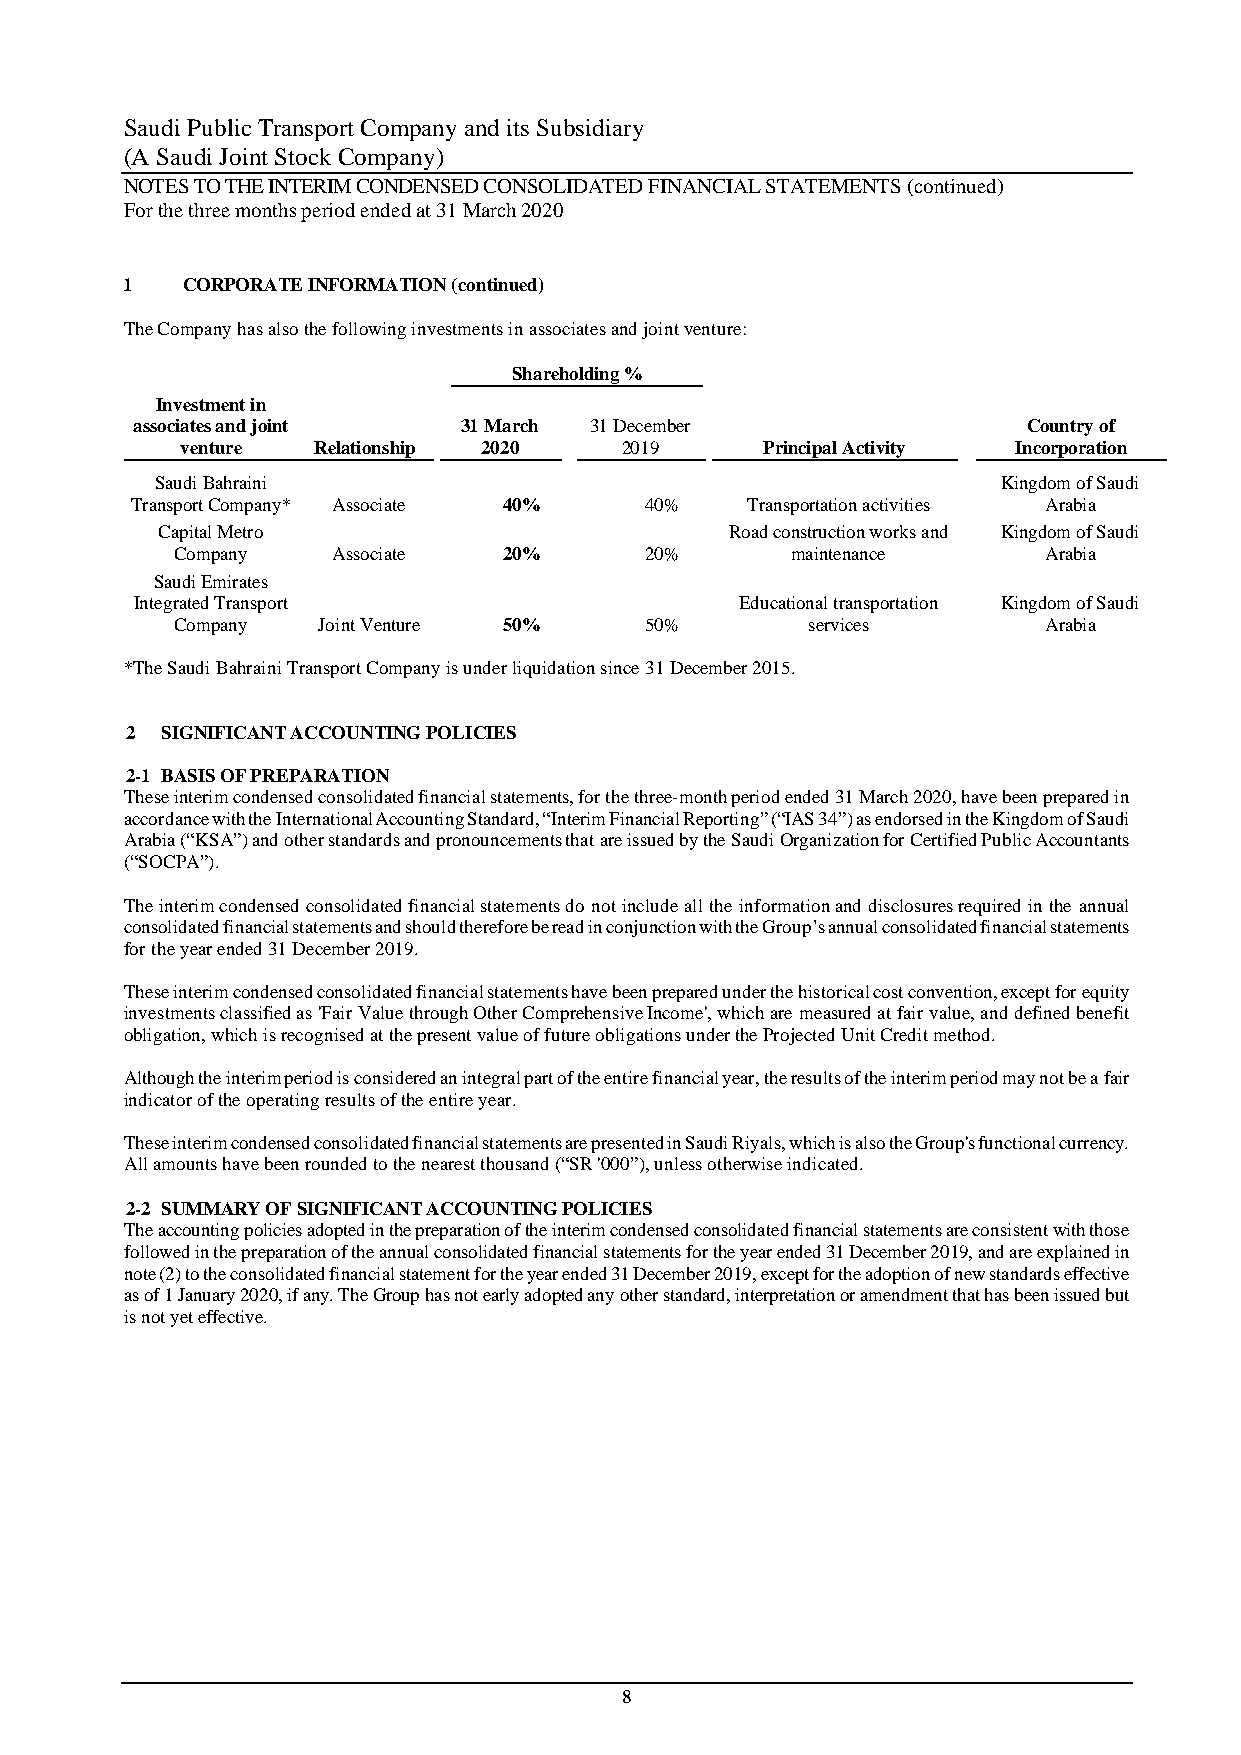
Saudi Public Transport Company and its Subsidiary
 (A Saudi Joint Stock Company)
 NOTES TO THE INTERIM CONDENSED CONSOLIDATED FINANCIAL STATEMENTS (continued)
 For the three months period ended at 31 March 2020
 1   CORPORATE INFORMATION (continued)
 The Company has also the following investments in associates and joint venture:
 Shareholding %
 Investment in
 associates and joint 31 March 31 December                  Country of
 venture  Relationship 2020   2019     Principal Activity Incorporation
 Saudi Bahraini                                          Kingdom of Saudi
 Transport Company* Associate 40%  40%   Transportation activities Arabia
 Capital Metro                         Road construction works and Kingdom of Saudi
 Company   Associate  20%       20%      maintenance      Arabia
 Saudi Emirates
 Integrated Transport                    Educational transportation Kingdom of Saudi
 Company  Joint Venture 50%     50%       services        Arabia
 *The Saudi Bahraini Transport Company is under liquidation since 31 December 2015.
 2  SIGNIFICANT ACCOUNTING POLICIES
 2-1 BASIS OF PREPARATION
 These interim condensed consolidated financial statements, for the three-month period ended 31 March 2020, have been prepared in
 accordance with the International Accounting Standard, “Interim Financial Reporting” (“IAS 34”) as endorsed in the Kingdom of Saudi
 Arabia (“KSA”) and other standards and pronouncements that are issued by the Saudi Organization for Certified Public Accountants
 (“SOCPA”).
 The interim condensed consolidated financial statements do not include all the information and disclosures required in the annual
 consolidated financial statements and should therefore be read in conjunction with the Group’s annual consolidated financial statements
 for the year ended 31 December 2019.
 These interim condensed consolidated financial statements have been prepared under the historical cost convention, except for equity
 investments classified as 'Fair Value through Other Comprehensive Income', which are measured at fair value, and defined benefit
 obligation, which is recognised at the present value of future obligations under the Projected Unit Credit method.
 Although the interim period is considered an integral part of the entire financial year, the results of the interim period may not be a fair
 indicator of the operating results of the entire year.
 These interim condensed consolidated financial statements are presented in Saudi Riyals, which is also the Group's functional currency.
 All amounts have been rounded to the nearest thousand (“SR '000”), unless otherwise indicated.
 2-2 SUMMARY OF SIGNIFICANT ACCOUNTING POLICIES
 The accounting policies adopted in the preparation of the interim condensed consolidated financial statements are consistent with those
 followed in the preparation of the annual consolidated financial statements for the year ended 31 December 2019, and are explained in
 note (2) to the consolidated financial statement for the year ended 31 December 2019, except for the adoption of new standards effective
 as of 1 January 2020, if any. The Group has not early adopted any other standard, interpretation or amendment that has been issued but
 is not yet effective.
 8